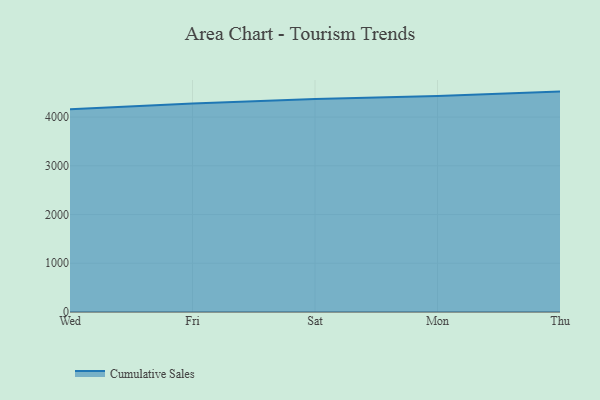
{"axis": {"x": "Day", "y": "Energy Usage (MWh)"}, "legend": ["Cumulative Sales"], "data": [{"x": "Wed", "y": 4161.3, "type": "Cumulative Sales"}, {"x": "Fri", "y": 4278.3, "type": "Cumulative Sales"}, {"x": "Sat", "y": 4369.0, "type": "Cumulative Sales"}, {"x": "Mon", "y": 4430.4, "type": "Cumulative Sales"}, {"x": "Thu", "y": 4523.2, "type": "Cumulative Sales"}]}